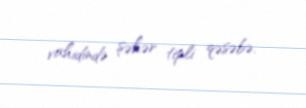
vahidində şəhər tipli qəsəbə.